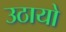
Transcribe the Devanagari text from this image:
उठायो